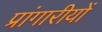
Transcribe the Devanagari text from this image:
प्रांगारीयों